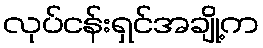
လုပ်ငန်းရှင်အချို့က